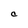
Character: C